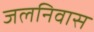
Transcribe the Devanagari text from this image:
जलनिवास